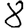
Digit: 8